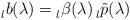
LaTeX: \begin{align*} \prescript{}{l}{b}(\lambda)=\prescript{}{l}{\beta}(\lambda)\prescript{}{l}{\tilde{p}}(\lambda)\end{align*}